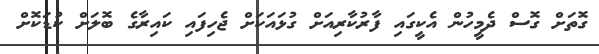
ގޮތަށް ގޮސް ދެމީހުން އެކީގައި ފާރުކާރިއަށް ގުޅައަކަށް ޖެހިފައި ކައިރާގެ ބޮލަށް ކުޑަކޮށް